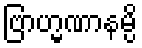
ဗြာဟ္မဏာနမ္ပိ